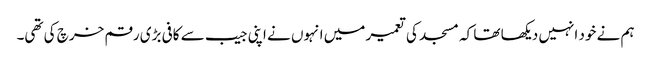
ہم نے خود انہیں دیکھا تھا کہ مسجد کی تعمیر میں انہوں نے اپنی جیب سے کافی بڑی رقم خرچ کی تھی۔